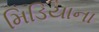
મિડિયાના